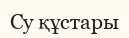
Су құстары